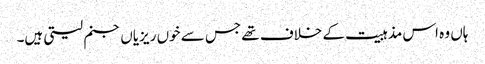
ہاں وہ اس مذہبیت کے خلاف تھے جس سے خوں ریزیاں جنم لیتی ہیں۔